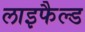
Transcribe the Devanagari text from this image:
लाइफैल्ड